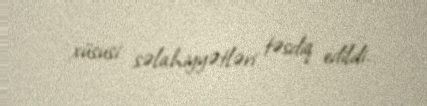
xüsusi səlahiyyətləri təsdiq edildi.